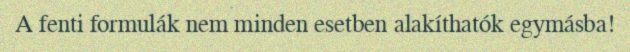
A fenti formulák nem minden esetben alakíthatók egymásba!